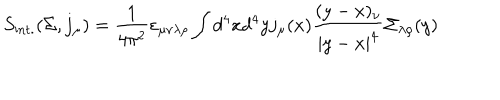
S _ { \mathrm { i n t . } } ( \Sigma , j _ { \mu } ) = \frac { 1 } { 4 \pi ^ { 2 } } \varepsilon _ { \mu \nu \lambda \rho } \int d ^ { 4 } x d ^ { 4 } y j _ { \mu } ( x ) \frac { ( y - x ) _ { \nu } } { | y - x | ^ { 4 } } \Sigma _ { \lambda \rho } ( y )